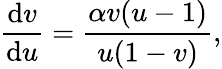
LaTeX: \frac{\mathrm{d}v}{\mathrm{d}u}=\frac{\alpha v(u-1)}{u(1-v)},